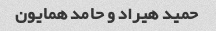
حمید هیراد و حامد همایون